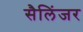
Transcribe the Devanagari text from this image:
सैलिंजर